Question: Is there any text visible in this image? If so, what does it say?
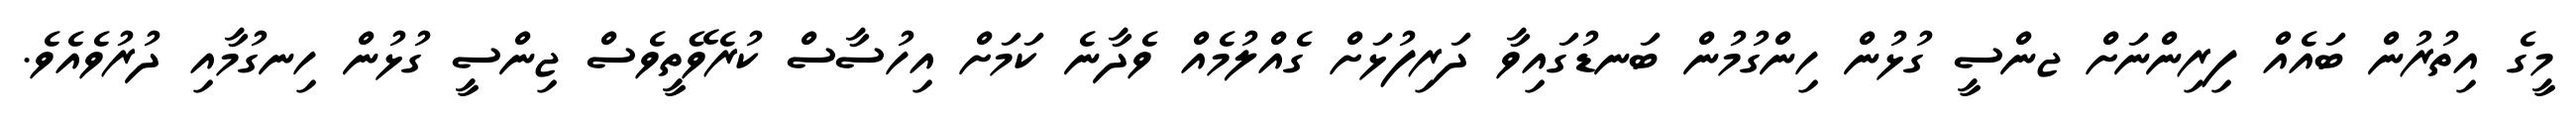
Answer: މީގެ އިތުރުން ބައެއް ފިރިންނަށް ޖންސީ ގުޅުން ހިންގުމުން ބަނޑުގައިވާ ދަރިފުޅަށް ގެއްލުމެއް ވެދާނެ ކަމަށް އިހުސާސް ކުރެވޭތީވެސް ޖިންސީ ގުޅުން ހިނގުމާއި ދުރުވެއެވެ.